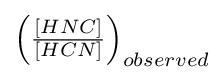
{\textstyle \left({\frac {[HNC]}{[HCN]}}\right)_{observed}}